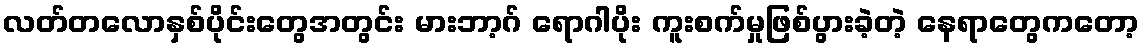
လတ်တလောနှစ်ပိုင်းတွေအတွင်း မားဘာ့ဂ် ရောဂါပိုး ကူးစက်မှုဖြစ်ပွားခဲ့တဲ့ နေရာတွေကတော့